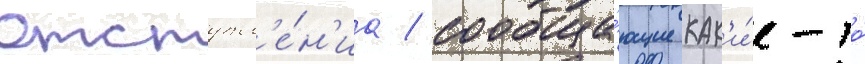
отступл'е́н'иа / сообща́ющие как'и́е-то́